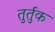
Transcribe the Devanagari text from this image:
तुर्तुक